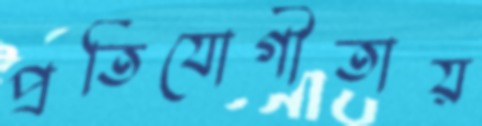
প্রতিযোগীতায়